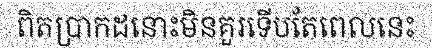
ពិតប្រាកដនោះមិនគួរទើបតែពេលនេះ